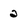
Character: 2